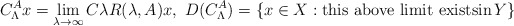
\begin{align*}C^A_\Lambda x=\lim_{\lambda\rightarrow \infty}C\lambda R(\lambda,A)x,\ D(C^A_\Lambda)=\{x\in X:\mbox{this above limit existsin}\, Y\}\end{align*}